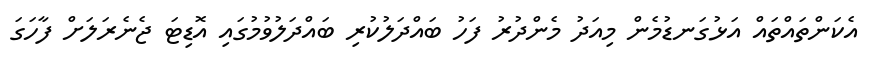
އެކަންތައްތައް އަޅުގަނޑުމެން މިއަދު މެންދުރު ފަހު ބައްދަލުކުރި ބައްދަލުވުމުގައި އޮޑިޓަ ޖެނެރަލަށް ފާހަގަ